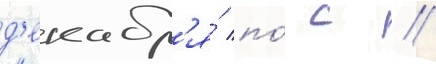
д'екабр'я́ по́ с //